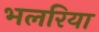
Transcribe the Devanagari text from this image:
भलरिया